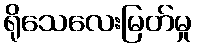
ရိုသေလေးမြတ်မှု